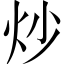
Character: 炒